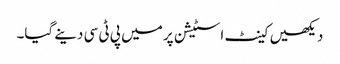
دیکھیں کینٹ اسٹیشن پر میں پی ٹی سی دینے گیا۔